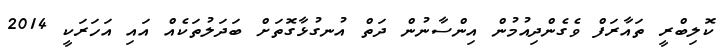
ކޮލިބްރީ ތައާރަފް ވެގެންދިއުމުން އިންސާނުން ދަތް އުނގުޅާގޮތަށް ބަދަލުތަކެއް އައި އަހަރަކީ 2014